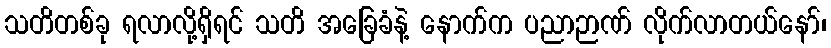
သတိတစ်ခု ရလာလို့ရှိရင် သတိ အခြေခံနဲ့ နောက်က ပညာဉာဏ် လိုက်လာတယ်နော်၊